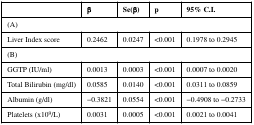
<table><thead><tr><td></td><td><b>β</b></td><td><b>Se(β)</b></td><td><b>p</b></td><td><b>95% C.I.</b></td></tr></thead><tbody><tr><td colspan="5">(A)</td></tr><tr><td>Liver Index score</td><td>0.2462</td><td>0.0247</td><td>&lt;0.001</td><td>0.1978 to 0.2945</td></tr><tr><td colspan="5">(B)</td></tr><tr><td>GGTP (IU/ml)</td><td>0.0013</td><td>0.0003</td><td>&lt;0.001</td><td>0.0007 to 0.0020</td></tr><tr><td>Total Bilirubin (mg/dl)</td><td>0.0585</td><td>0.0140</td><td>&lt;0.001</td><td>0.0311 to 0.0859</td></tr><tr><td>Albumin (g/dl)</td><td>−0.3821</td><td>0.0554</td><td>&lt;0.001</td><td>−0.4908 to −0.2733</td></tr><tr><td>Platelets (x10<sup>9</sup>/L)</td><td>0.0031</td><td>0.0005</td><td>&lt;0.001</td><td>0.0021 to 0.0041</td></tr></tbody></table>